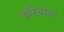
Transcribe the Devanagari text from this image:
कटिबाध्य